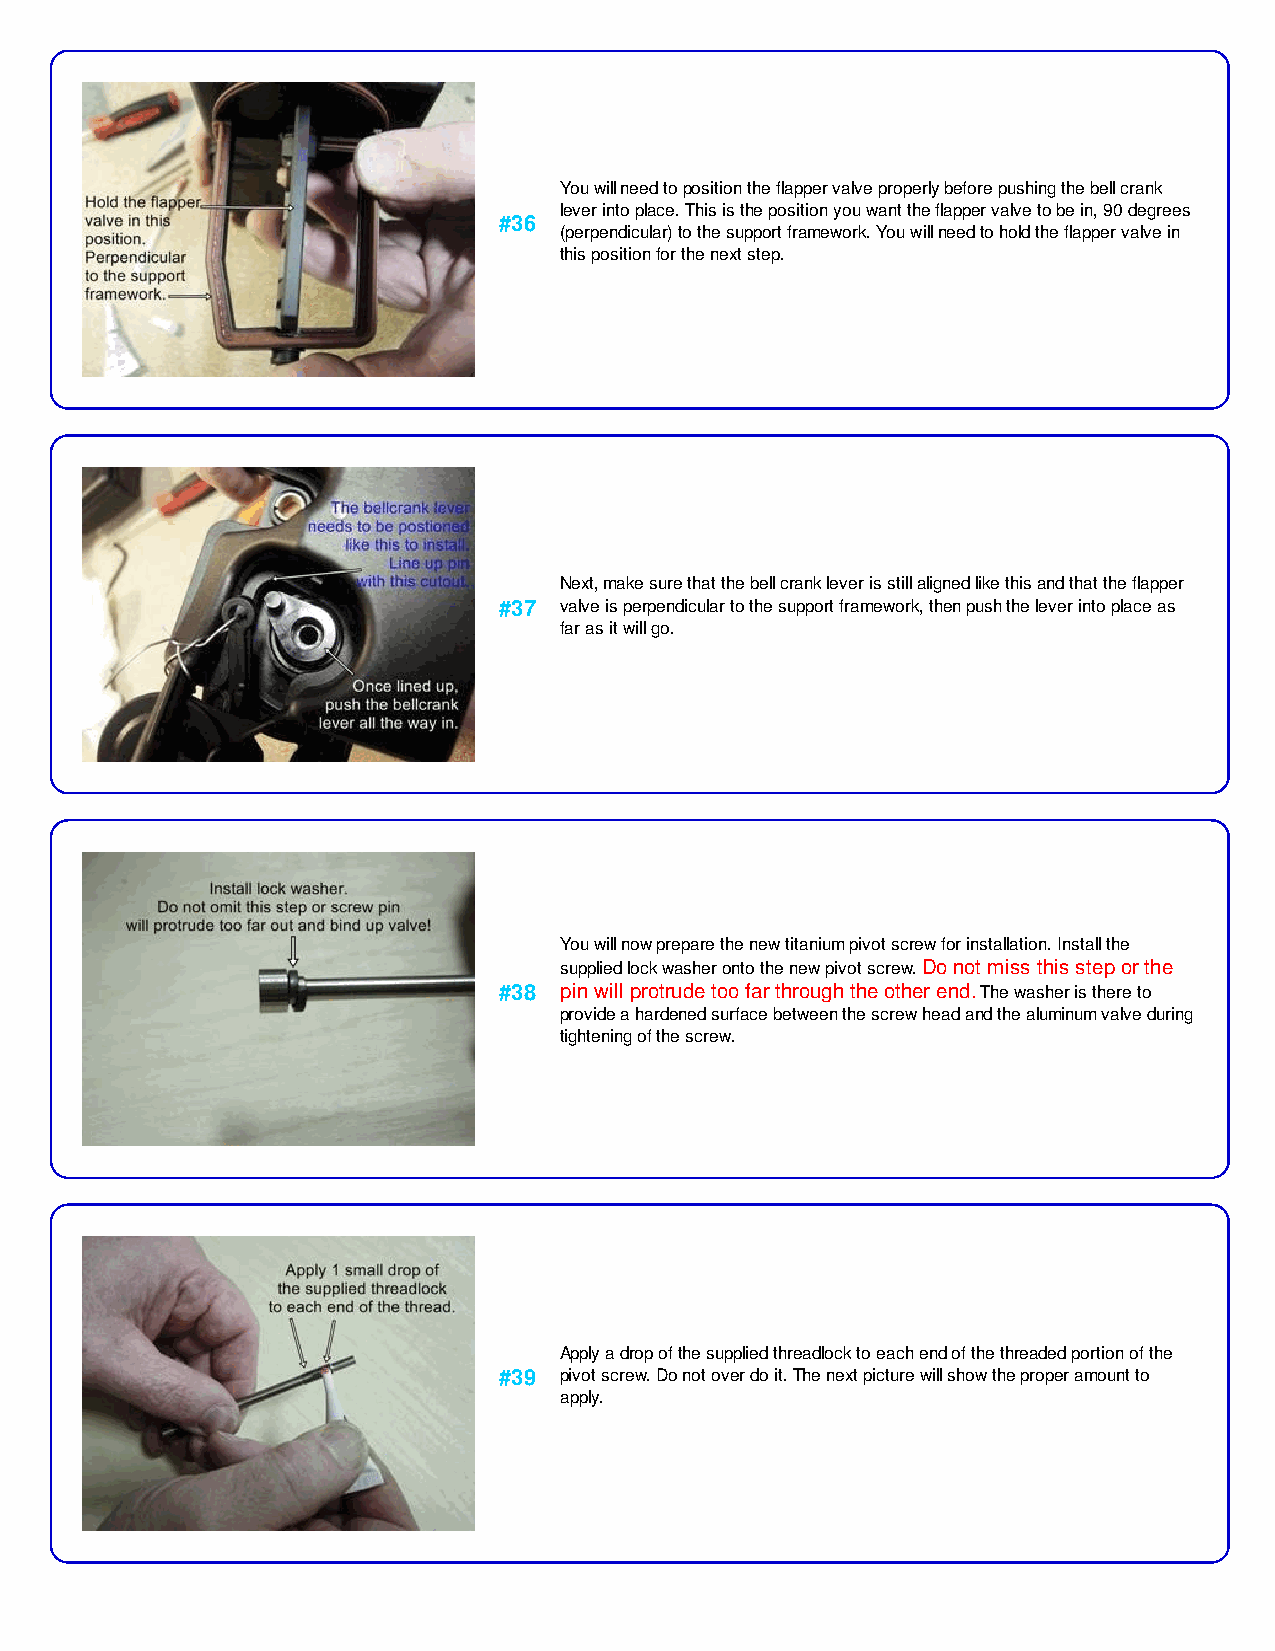
You will need to position the flapper valve properly before pushing the bell crank
 lever into place. This is the position you want the flapper valve to be in, 90 degrees
 #36
 (perpendicular) to the support framework. You will need to hold the flapper valve in
 this position for the next step.
 Next, make sure that the bell crank lever is still aligned like this and that the flapper
 #37 valve is perpendicular to the support framework, then push the lever into place as
 far as it will go.
 You will now prepare the new titanium pivot screw for installation. Install the
 supplied lock washer onto the new pivot screw. Do not miss this step or the
 #38 pin will protrude too far through the other end. The washer is there to
 provide a hardened surface between the screw head and the aluminum valve during
 tightening of the screw.
 Apply a drop of the supplied threadlock to each end of the threaded portion of the
 #39 pivot screw. Do not over do it. The next picture will show the proper amount to
 apply.